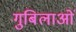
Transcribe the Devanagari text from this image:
गुबिलाओं